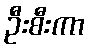
ဦးစီးကာ